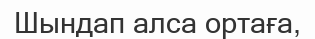
Шындап алса ортаға,